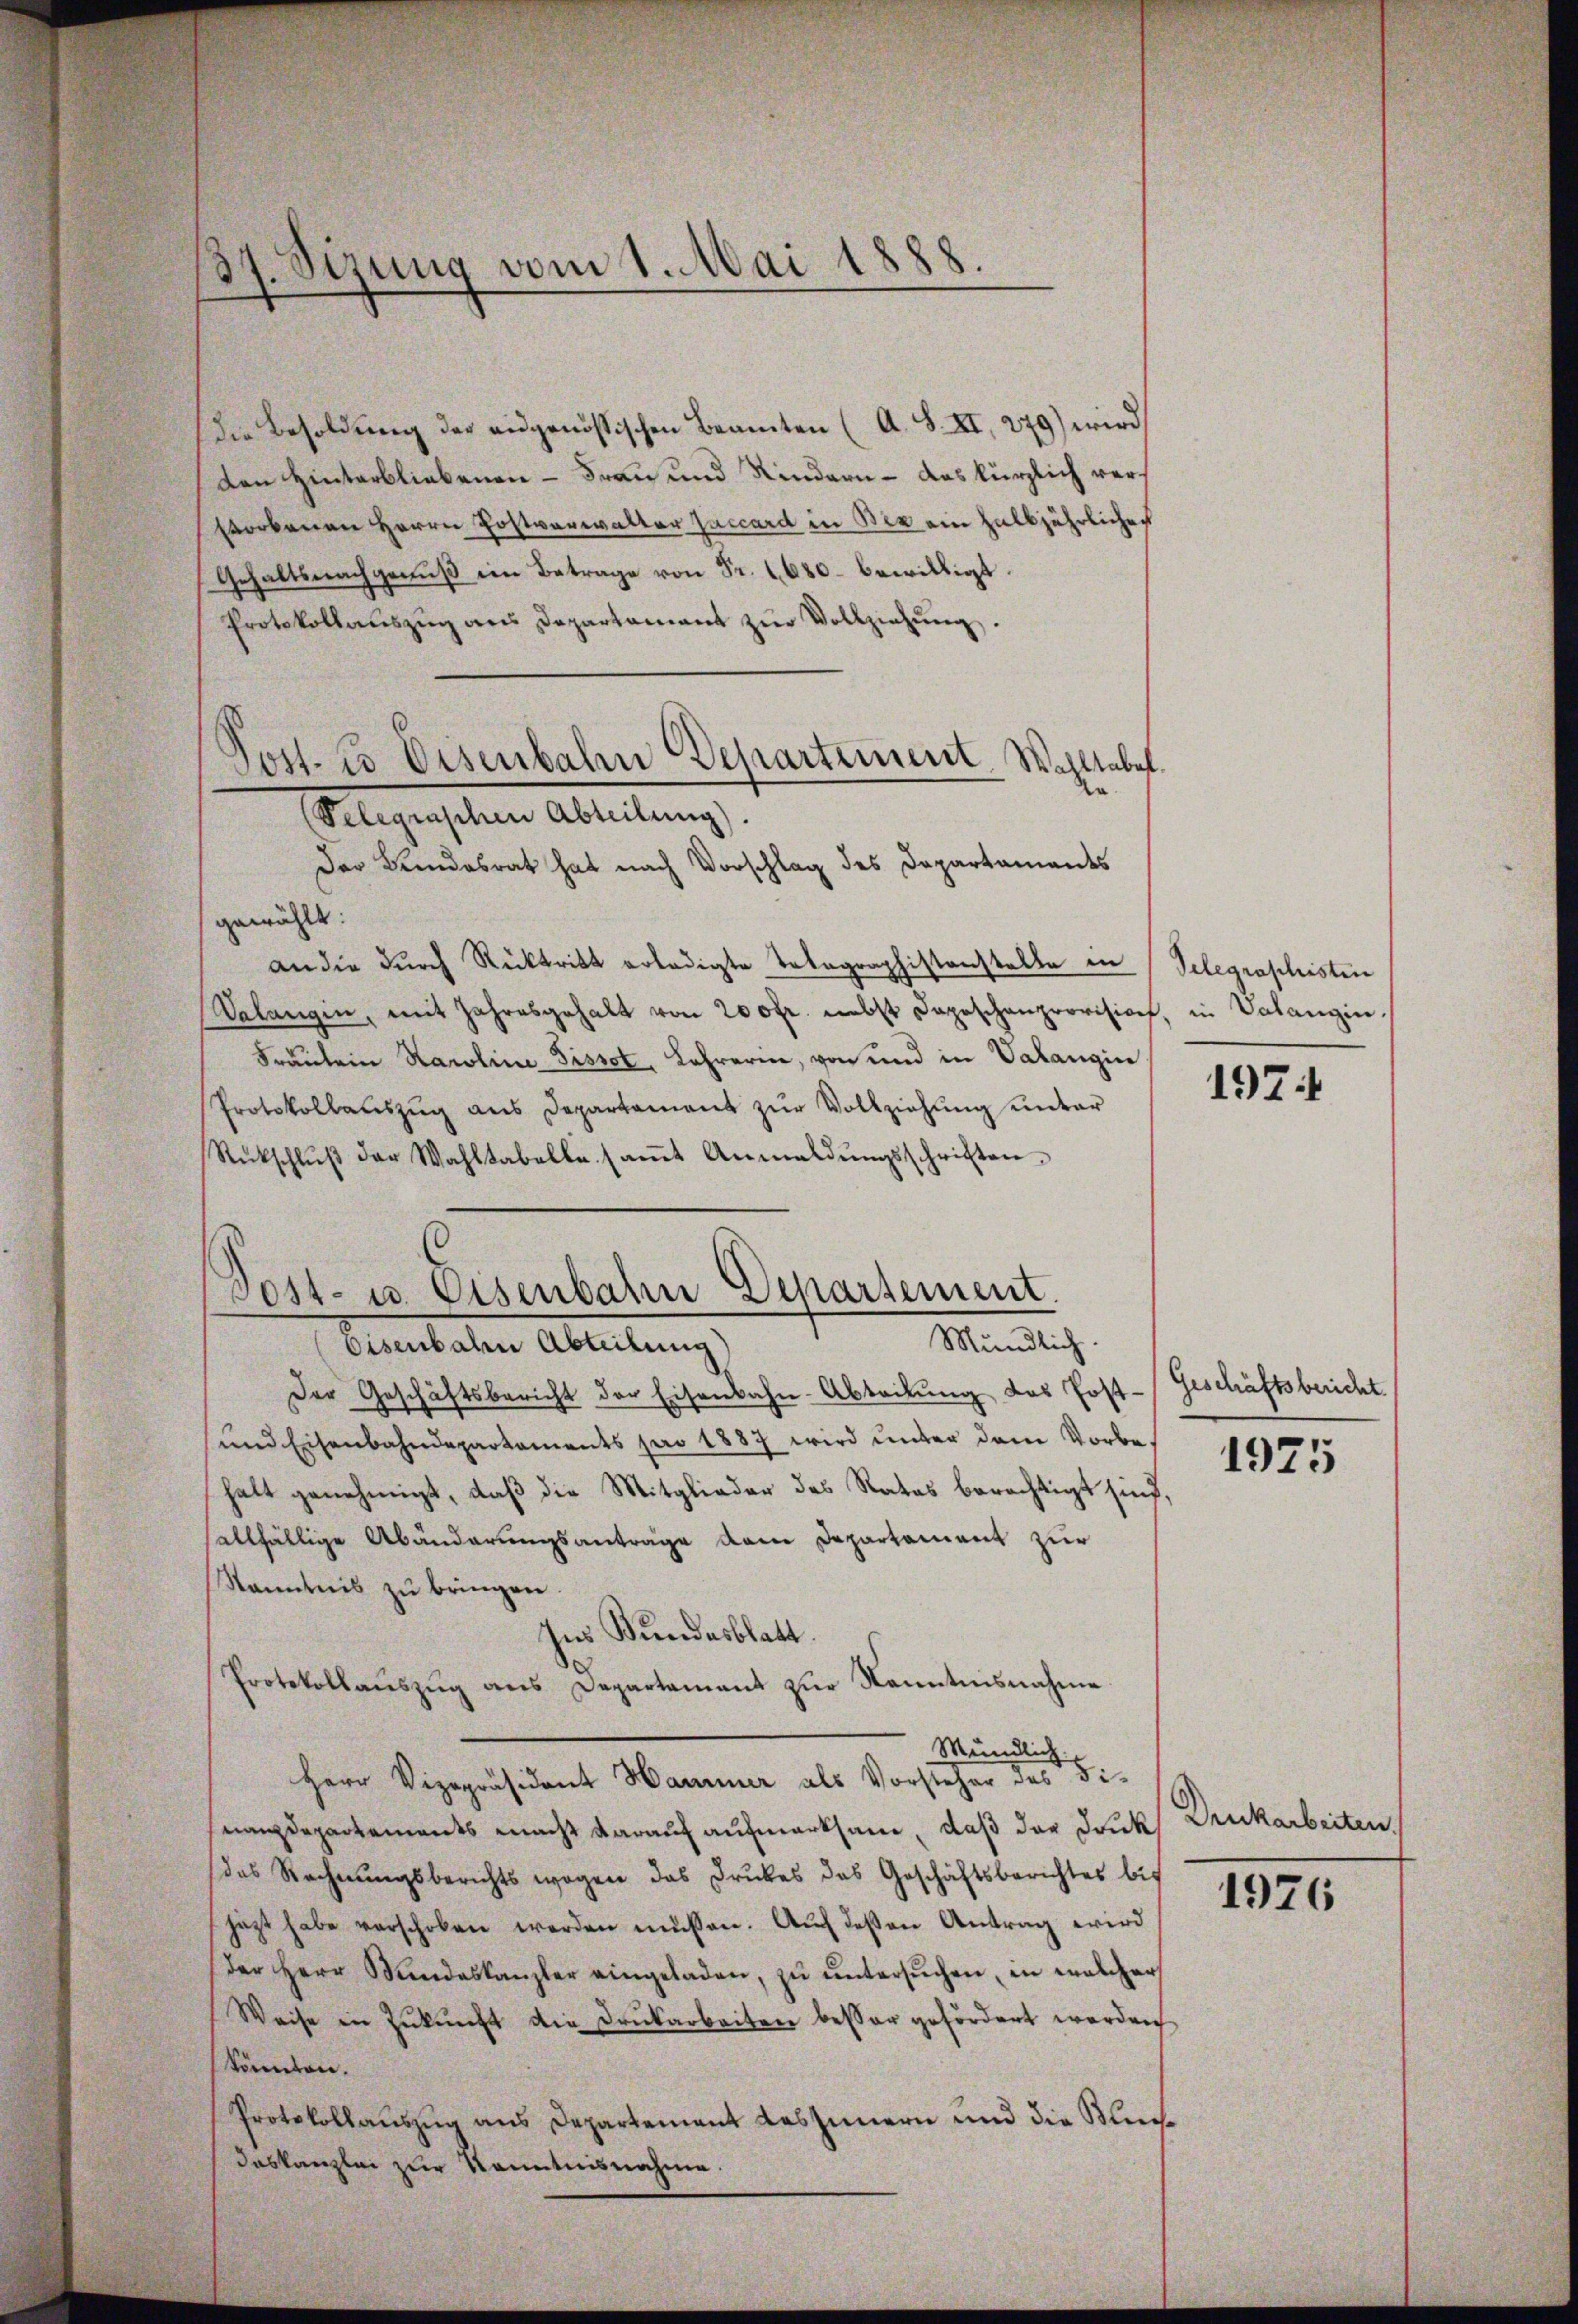
Die Besoldung der angenössischen Beamten (A. S. XI, 279) wird
Den Hinterbliebenen - Frau und Kindern - das kürzlich verstorbenen Herrn Postverwalter Jaccard in Bex ein halbjährlicher
Gehaltsnachgenuß im Betrage von Fr. 1680 bewilligt.
Protokollaŭszŭg ans Departamant zŭr Vollziehŭng.
Pelegraschen Abteilung)
Der Bundesrat hat nach Vorschlag des Departaments
gewählt:
an die durch Rücktritt erledigte Totagraphistenstelle in
Valangin, mit Jahresgehalt von 200fr. nebst Daposchenprovision, in Valangin
Fräulein Karoline Pissot, Lehrerin, von und in Valangin
Protokollauszug aus Departament zur Vollziehung unter
Rückschlŭβ der Wahltabelle saṁt Anmeldŭngsschriften
Post- u. Eisenbahn Departement.
Mündlich.
Eisenbahen Abteilung)
Der Geschäftsbericht der Eisenbahn-Abteilŭng des Post-
und Eisenbahndepartaments pro 1887 wird unter dem Vorbehalt genehmigt, daß die Mitglieder des Rates berechtigt sind,
sallfällige Abänderungsanträge dem Departament zur
Kenntnis zu bringen.
Ins Bundesblatt.
Protokollaŭszŭg ans Departament zŭr Kenntnisnahme
Mündlich
Herr Vizepräsident Hammer als Vorsteher des Finanzdepartements macht darauf aufmerksam, daß der Druck
das Rechnŭngsberichts wegen das Druckes das Geschäftsberichtes bis
jezt habe verschoben werden müssen. Aŭf deßen Antrag wird
der Herr Handeskanzler eingeladen, zŭ ŭntersŭchen, in welcher
Weise in Zukunft die Druckarbeiten besser gefördert werden
könnten.
Protokollauszug aus Departement das Innern und die Buch
daskanzlei zur Kenntnisnahme.

34. Seizung vom 1. Mai 1888.
4

Jost. 25 Eisenbahn Departement. Wahltabel.

Telegraphisten

197

Geschäftsbericht.

1975

Drukarbeiten.

1926